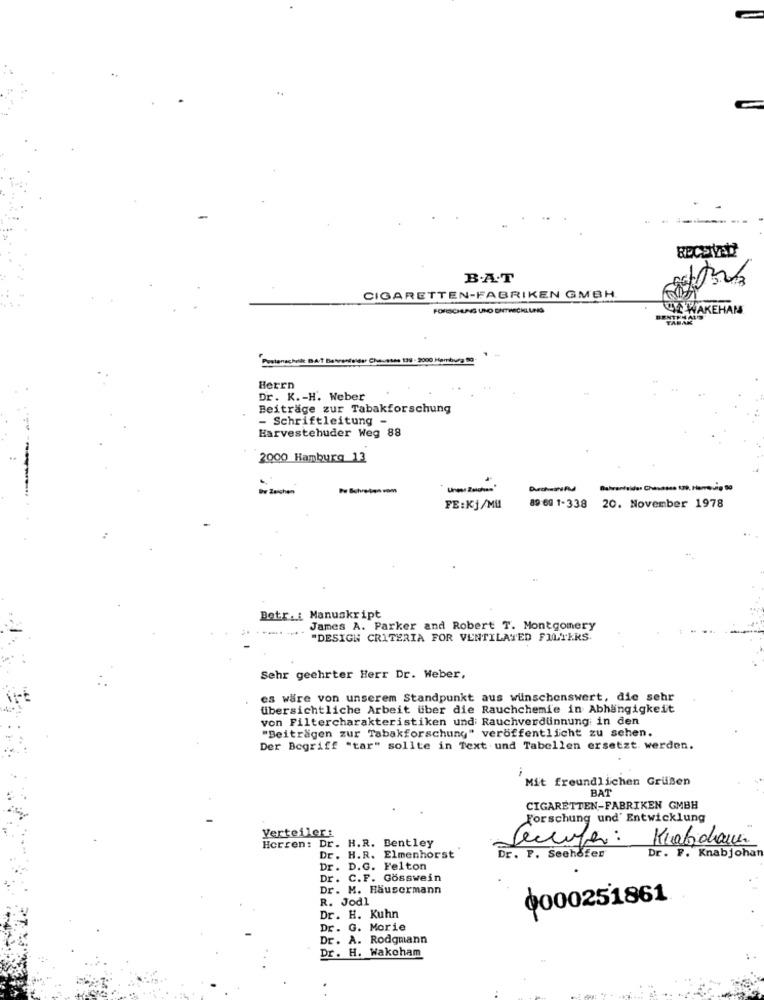
B.A.T
CIGARETTEN-FABRIKEN GMBH
FORSCHUNG UND ENTWICKLUNG
WE WAKEHAM
Herrn
Dr. K .- H. Weber
Beiträge zur Tabakforschung
- Schriftleitung -
Harvestehuder Weg 88
2000 Hamburg 13
Dw Zeichen
FE:Kj/MU
89 60 1-338 20. November 1978
Betr. : Manuskript
James A. Parker and Robert T. Montgomery
"DESIGN CRITERIA FOR VENTILATED FILTERS.
Sehr geehrter Herr Dr. Weber,
es wäre von unserem Standpunkt aus wünschenswert, die sehr
übersichtliche Arbeit über die Rauchchemie in Abhängigkeit
von Filtercharakteristiken und Rauchverdünnung in den
"Beitragen zur Tabakforschung" veröffentlicht zu sehen.
Der Begriff "tar" sollte in Text und Tabellen ersetzt werden.
Mit freundlichen Grüssen
BAT
CIGARETTEN-FABRIKEN GMBH
Forschung und' Entwicklung
Verteiler:
Kiabidans.
Herren: Dr. H.R. Bentley
Dr. H.R. Elmenhorst
Dr. P. Seehofer
Dr. F. Knabjohat
Dr. D.G. Felton
Dr. C.F. Gösswein
Dr. M. Häusermann
R. Jodl
0000251861
Dr. H. Kuhn
Dr. G. Morie
Dr. A. Rodgmann
Dr. H. Wakcham